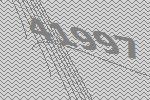
41997